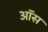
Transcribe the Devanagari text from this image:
ऑस